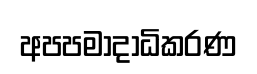
අපපමාදාධිකරණ